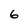
Character: 6